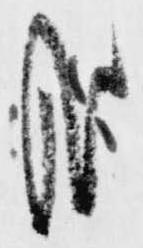
哉